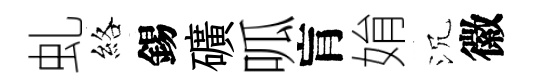
虬絡錫礦呱肓姢沉徽